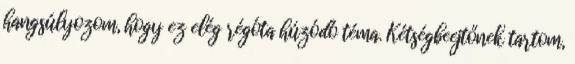
hangsúlyozom, hogy ez elég régóta húzódó téma. Kétségbeejtőnek tartom,